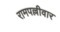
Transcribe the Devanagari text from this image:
रामपल्लीवार